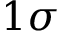
1 \sigma